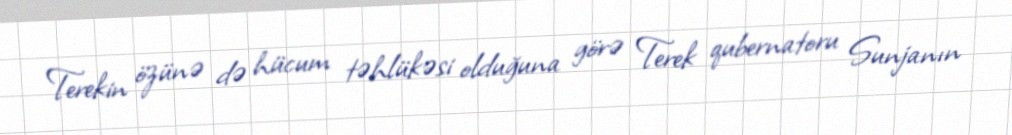
Terekin özünə də hücum təhlükəsi olduğuna görə Terek qubernatoru Sunjanın